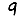
Digit: 9